Medical and sanitary report of the native army of Bengal for the year
Year: 1876
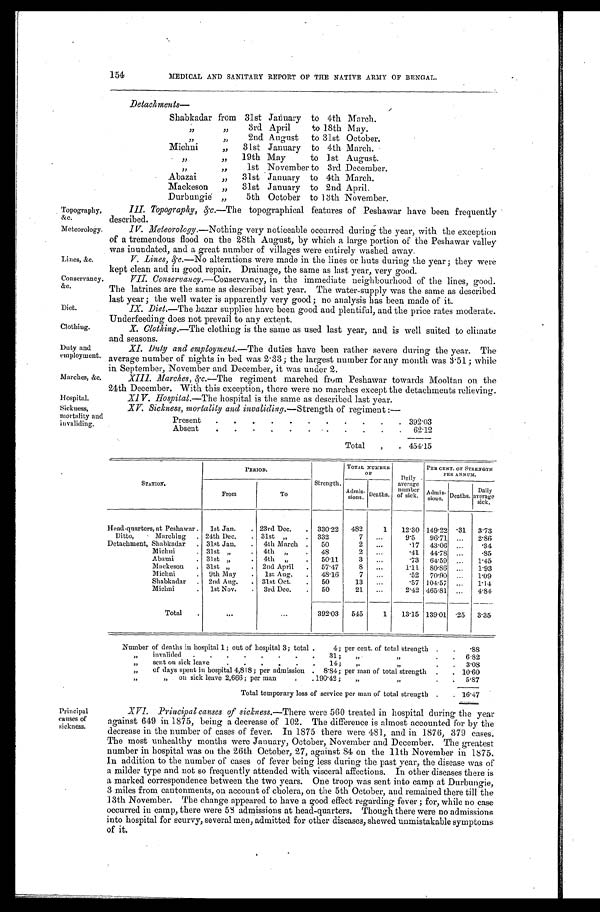
154
MEDICAL AND SANITARY REPORT OF THE NATIVE ARMY OF BENGAL.
Detachments
—
Shabkadar from 31st January to 4th March.
„ „ 3rd April to 18th May.
„ „ 2nd August to 31st October.
Michni „ 31st January to 4th March.
„ „ 19th May to 1st August.
„ „ 1st November to 3rd December.
Abazai „ 31st January to 4th March.
Mackeson „ 31st January to 2nd April.
Durbungie „ 5th October to 13th November.
Topography,
&c.
Meteorology.
Lines, &c.
Conservancy,
&c.
Diet.
Clothing.
Duty and
employment.
Marches, &c.
Hospital.
Sickness,
mortality and
invaliding.
III. Topography, &c.— T h e t o p o g r a p h i c a l f e a t u r e s o f P e s h a w a r h a v e b e e n f r e q u e n t l y
described.
IV. Meteorology. —Nothing very noticeable occurred during the year, with the exception
of a tremendous flood on the 28th August, by which a large portion of the Peshawar valley
was inundated, and a great number of villages were entirely washed away.
V. Lines, &c.—No alterations were made in the lines or huts during the year; they were
kept clean and in good repair. Drainage, the same as last year, very good.
VII. Conservancy.—Conservancy, in the immediate neighbourhood of the lines, good.
The latrines are the same as described last year. The water-supply was the same as described
last year; the well water is apparently very good; no analysis has been made of it.
IX. Diet.—The bazar supplies have been good and plentiful, and the price rates moderate.
Underfeeding does not prevail to any extent.
X. Clothing. —The clothing is the same as used last year, and is well suited to climate
and seasons.
XI. Duty and employment. —The duties have been rather severe during the year. The
average number of nights in bed was 2.33; the largest number for any month was 3.51; while
in September, November and December, it was under 2.
XIII. Marches, &c. —The regiment marched from Peshawar towards Mooltan on the
24th December. With this exception, there were no marches except the detachments relieving.
XIV. Hospital.—The hospital is the same as described last year.
XV. Sickness mortality and invaliding. —Strength of regiment:—
Present
392.03
Absent
62.12
Total
454.15
Principal
causes of
sickness.
STATION.
PERIOD.
Strength.
TOTAL NUMBER
OF
Daily
average
number
of sick.
PER CENT. OF STRENGTH
PER ANNUM.
From
To
Admis-
sions. Deaths.
Admis-
sions. Deaths. Daily
average sick.
Head-quarters, at Peshawar 1st Jan.
23rd Dec.
330.22 482
1 12.30 149.22
. 3 1 3.73
Ditto, Marching
24th Dec.
31st „
332 7
9.5 96.71
2.86
Detachment, Shabkadar
31st Jan.
4th March
50 2
.17 43.06
.34
Michni
31st „
4th „
48 2
.41 44.78
.85
Abazai
31st „
4th
„
50.11 3
.73 64.59
1.45
Mackeson
31st „
2nd April
57.47
8
1.11 80. 86
1.93
Michni
9th May
1st, Aug.
48.16
7
.52 70.90
1.09
Shabkadar
2nd Aug.
31st Oct.
50
13
.57 104.57
1.14
Michni
1st Nov.
3rd Dec.
50
21
2.42 465.81
4.84
Total
392. 03
545
1 13.15 139.01 .25 3.35
Number of deaths in hospital 1; out of hospital 3; total
4; per cent. of total strength
.88
„
invalided
31; „
„
6.82
„
sent on sick leave
14; „
„
3.08
„
of days spent in hospital 4,818; per admission
8.84; per man of total strength
10.60
„
on sick leave 2,666; per man190.42;190. 42;
„
„
5 . 8 7
Total temporary loss of service per man of total strength
16.47
XVI. Principal causes of sickness. —There were 560 treated in hospital during the year
against 649 in 1875, being a decrease of 102. The difference is almost accounted for by the
decrease in the number of cases of fever. In 1875 there were 481, and in 1876, 379 cases.
The most unhealthy months were January, October, November and December. The greatest
number in hospital was on the 26th October, 27, against 84 on the 11th November in 1875.
In addition to the number of cases of fever being less during the past year, the disease was of
a milder type and not so frequently attended with visceral affections. In other diseases there is
a marked correspondence between the two years. One troop was sent into camp at Durbungie,
3 miles from cantonments, on account of cholera, on the 5th October, and remained there till the
13th November. The change appeared to have a good effect regarding fever; for, while no case
occurred in camp, there were 58 admissions at head-quarters. Though there were no admissions
into hospital for scurvy, several men, admitted for other diseases, shewed unmistakable symptoms
of it.